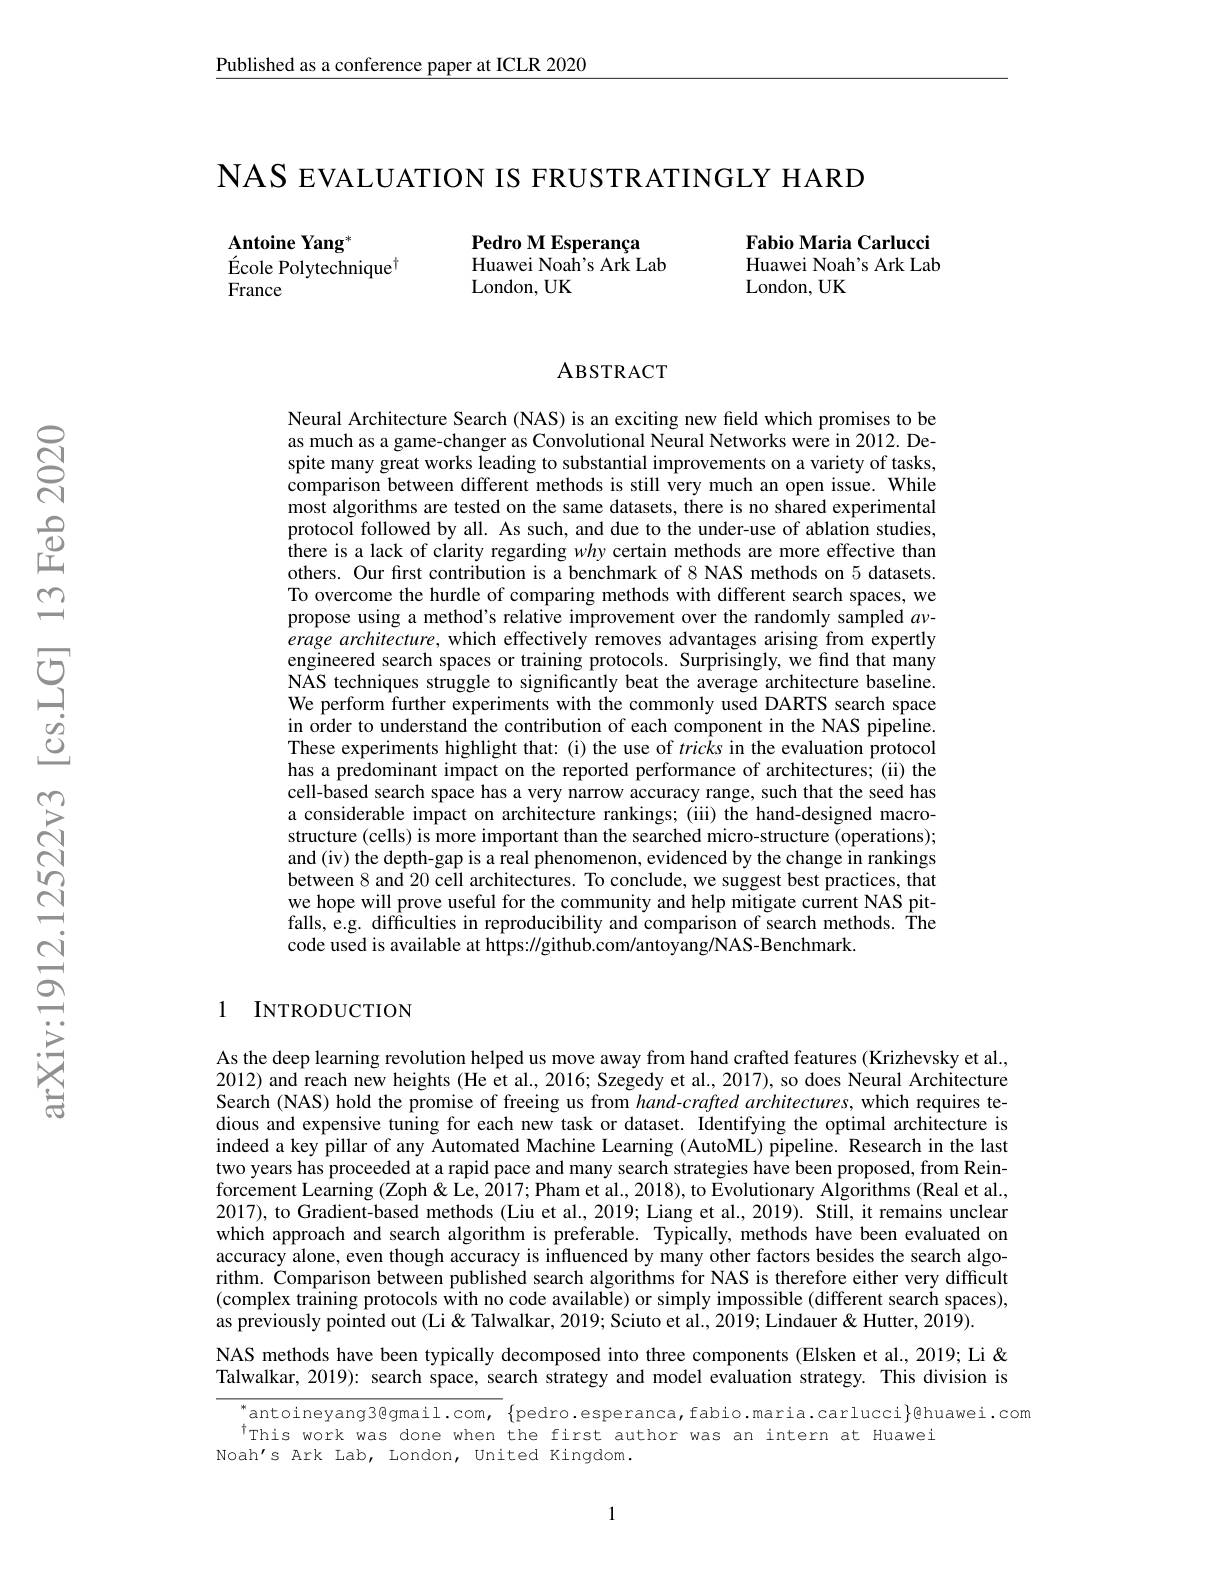
Published as a conference paper at ICLR 2020

NAS EVALUATION IS FRUSTR ATINGLY HARD

Fabio Maria Carlucci Huawei Noah's Ark Lab London, UK

Pedro M Esperança
Huawei Noah's Ark Lab
London, UK

Antoine Yang$^{*}$
École Polytechnique$^{\dagger}$
France

### ABSTRACT

Neural Architecture Search (NAS) is an exciting new field which promises to be as much as a game-changer as Convolutional Neural Networks were in 2012. Despite many great works leading to substantial improvements on a variety of tasks, comparison between different methods is still very much an open issue. While most algorithms are tested on the same datasets, there is no shared experimental protocol followed by all. As such, and due to the under-use of ablation studies, there is a lack of clarity regarding why certain methods are more effective than others. Our first contribution is a benchmark of 8 NAS methods on 5 datasets. To overcome the hurdle of comparing methods with different search spaces, we propose using a method's relative improvement over the randomly sampled $av$- erage architecture, which effectively removes advantages arising from expertly engineered search spaces or training protocols. Surprisingly, we find that many NÅS techniques struggle to significantly beat the average architecture baseline. We perform further experiments with the commonly used DARTS search space in order to understand the contribution of each component in the NAS pipeline. These experiments highlight that: (i) the use of tricks in the evaluation protocol has a predominant impact on the reported performance of architectures; (ii) the cell-based search space has a very narrow accuracy range, such that the seed has a considerable impact on architecture rankings; (iii) the hand-designed macrostructure (cells) is more important than the searched micro-structure (operations); and (iv) the depth-gap is a real phenomenon, evidenced by the change in rankings between 8 and 20 cell architectures. To conclude, we suggest best practices, that we hope will prove useful for the community and help mitigate current NAS pitfalls, e.g. difficulties in reproducibility and comparison of search methods. Îhe code used is available at https://github.com/antoyang/NAS-Benchmark.

## 1 INTRODUCTION

As the deep learning revolution helped us move away from hand crafted features (Krizhevsky et al., 2012) and reach new heights (He et al., 2016; Szegedy et al., 2017), so does Neural Architecture Search (NAS) hold the promise of freeing us from hand-crafted architectures, which requires tedious and expensive tuning for each new task or dataset. Identifying the optimal architecture is indeed a key pillar of any Automated Machine Learning (AutoML) pipeline. Research in the last two years has proceeded at a rapid pace and many search strategies have been proposed, from Rein- $\dot{\text{forcement Learning }}(\tilde{\text{Zoph }\&}$ Le, 2$\hat{0}17;\dot{\text{Pham et al., 2018), to Evolutionary Algorithms }}($Real et al., 2017), to Gradient-based methods (Liu et al., 2019; Liang et al., 2019). Still, it remains unclear which approach and search algorithm is preferable. Typically, methods have been evaluated on accuracy alone, even though accuracy is influenced by many other factors besides the search algorithm. Comparison between published search algorithms for NAS is therefore either very difficult $( \text{complex tr\^{a} ining protocols with no code available) or simply impossible ( different search spaces) , }$ as previously pointed out (Li& Talwalkar, 2019; Sciuto et al., 2019; Lindauer & Hutter, 2019).

NAS methods have been typically decomposed into three components (Elsken et al., 2019; Li & Talwalkar, 2019): search space, search strategy and model evaluation strategy. This division is

antoineyang3@gmail.com, $\{$pedro.esperanca,fabio.maria.carlucci$\}$@huawei.com
$^{\dagger}$This work was done when the first author was an intern at Huawei
Noah's Ark Lab, London, United Kingdom.

1